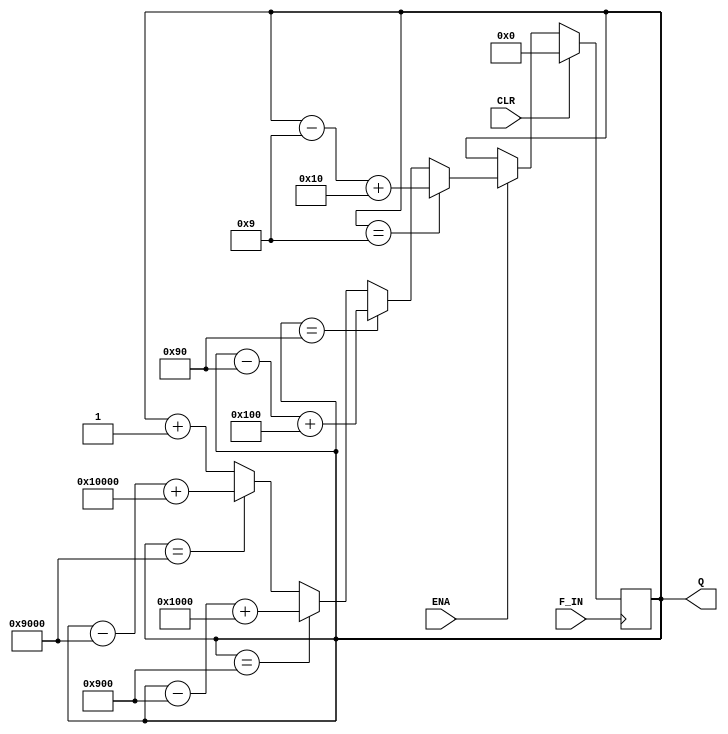
module counter6bit_test(ENA,CLR,F_IN,Q);
    input ENA;
    input CLR;
    input F_IN;
    output [23:0] Q;  
    
   
    reg [23:0] Q;
    reg F_OUT;
    


		

always@(posedge F_IN)
begin 
    if(CLR) Q=24'b000000000000000000000000;
    else if(ENA==0)
        Q=Q;
    else if(ENA==1)
    begin 
        if(Q==24'b000000000000000000001001)
            Q=Q-24'b000000000000000000001001+24'b000000000000000000010000;
        else if(Q==24'b000000000000000010010000)
            Q=Q-24'b000000000000000010010000+24'b000000000000000100000000;        
		else if(Q==24'b000000000000100100000000)
            Q=Q-24'b000000000000100100000000+24'b000000000001000000000000;
        else if(Q==24'b000000001001000000000000)
            Q=Q-24'b000000001001000000000000+24'b000000010000000000000000;
        else 
            Q=Q+1;
    end
        


  end
  endmodule